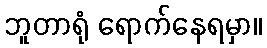
ဘူတာရုံ ရောက်နေရမှာ။